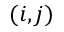
( i , j )